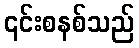
၎င်းစနစ်သည်